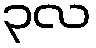
၃လ